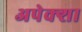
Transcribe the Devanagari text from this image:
अपेक्शा